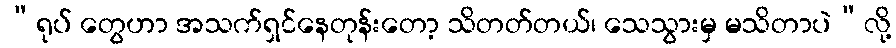
“ရုပ် တွေဟာ အသက်ရှင်နေတုန်းတော့ သိတတ်တယ်၊ သေသွားမှ မသိတာပဲ”လို့